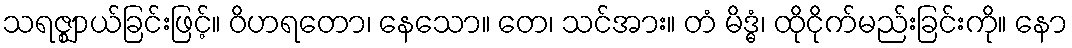
သရဇ္ဈာယ်ခြင်းဖြင့်။ ဝိဟရတော၊ နေသော။ တေ၊ သင်အား။ တံ မိဒ္ဓံ၊ ထိုငိုက်မည်းခြင်းကို။ နော